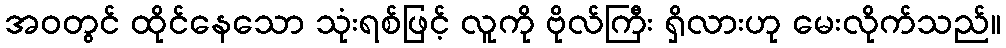
အဝတွင် ထိုင်နေသော သုံးရစ်ဖြင့် လူကို ဗိုလ်ကြီး ရှိလားဟု မေးလိုက်သည်။